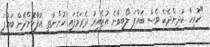
"ހުރިހާ ކުދިންދެކެ ވެސް ބައްޕަ ލޯބިވާނެ އުޒެއިރު ދެރަވެފައި ހުންނާތީ އުފާކޮށްދޭން ބައްޕަ